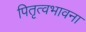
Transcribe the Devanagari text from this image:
पितृत्वभावना